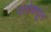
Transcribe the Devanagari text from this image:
फ्लोक्यूल